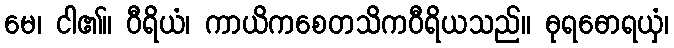
မေ၊ ငါ၏။ ဝီရိယံ၊ ကာယိကစေတသိကဝီရိယသည်။ ဓုရဓောရယှံ၊